Papers set at the Examination for Leaving Certificates, 1892
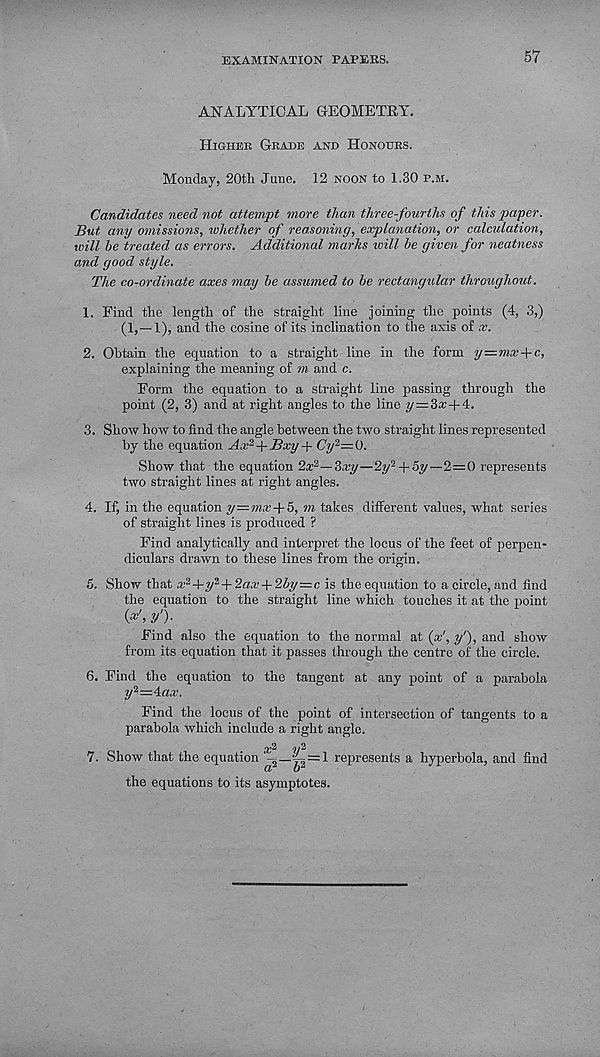
examination papers.
57
ANALYTICAL GEOMETRY.
Higher Grade and Honours.
Monday, 20tli June. 12 noon to 1.30 p.m.
Candidates need not attempt more than three-fourths of this paper.
But any omissions, whether of reasoning, explanation, or calculation,
will he treated as errors. Additional marks will be given for neatness
and good style.
The co-ordinate axes may be assumed to he rectangular throughout.
1. Find the length of the straight line joining the points (4, 3,)
(1,-1), and the cosine of its inclination to the axis of x.
2. Obtain the equation to a straight line in the form y—mx+c,
explaining the meaning of m and c.
Form the equation to a straight line passing through the
point (2, 3) and at right angles to the line y = 3a;-f 4.
3. Show how to find the angle between the two straight lines represented
by the equation Ax 2 Bxy-\- Cy 2 =^0.
Show that the equation 2x 2 —2>xy—2y 2 + 5y—2=0 represents
two straight lines at right angles.
4. If, in the equation y—mx+b, m takes different values, what series
of straight lines is produced ?
Find analytically and interpret the locus of the feet of perpen-
diculars drawn to these lines from the origin.
5. Show that x i +y <i -\-2ax-\-2by=c is theequation to a circle,and find
the equation to the straight line which touches it at the point
(*', y')-
Find also the equation to the normal at {x', y'), and show
from its equation that it passes through the centre of the circle.
6. Find the equation to the tangent at any point of a parabola
y 2 =z4:ax.
Find the locus of the point of intersection of tangents to a
parabola which include a right angle.
^/2
7. Show that the equation
represents a hyperbola, and find
the equations to its asymptotes.